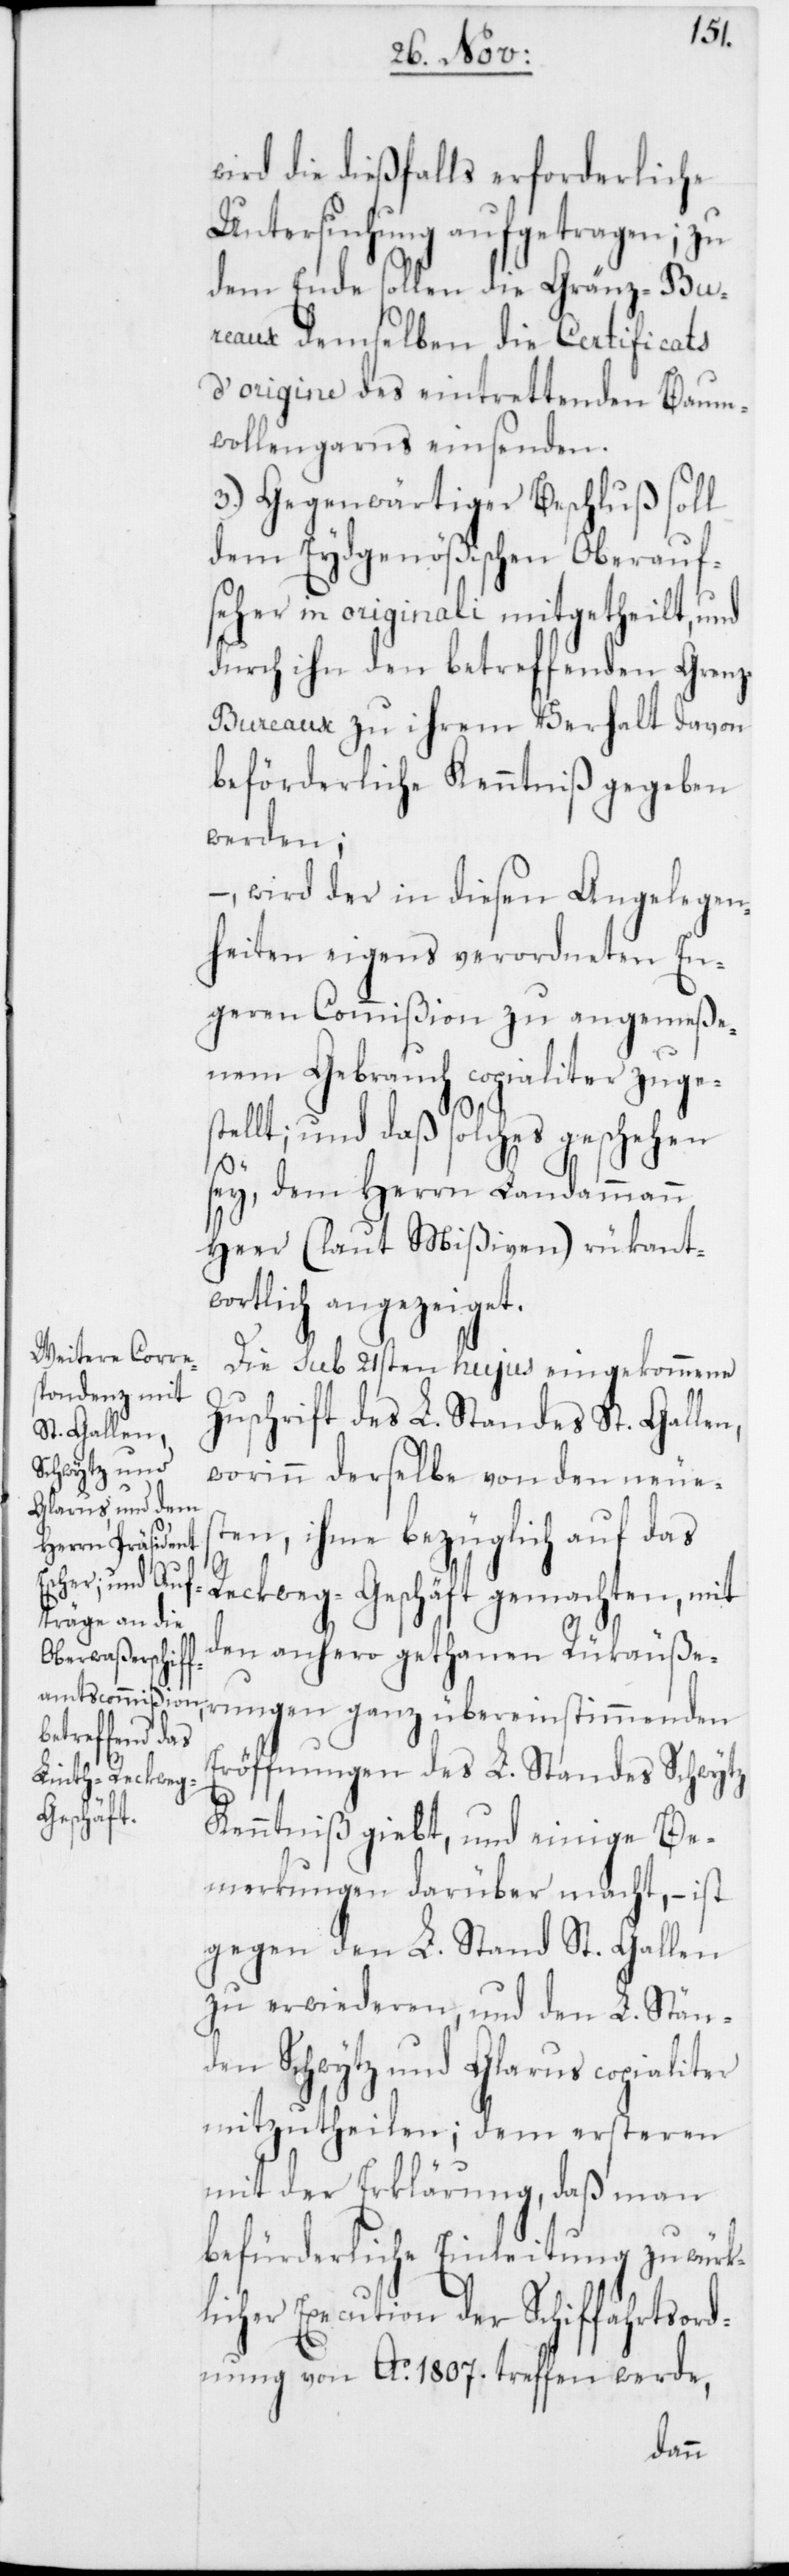
wird die dießfalls erforderliche
Untersuchung aufgetragen; zu
dem Ende sollen die Gränz-Bu¬
reaux demselben die Certificats
d’origine des eintrettenden Baum¬
wollengarns einsenden.
3.) Gegenwärtiger Beschluß soll
dem Eydsgenößischen Oberauf¬
seher in originali mitgetheilt, und
durch ihn den betreffenden Gren¬
z-Bureaux zu ihrem Verhalt davon
beförderliche Kenntniß gegeben
werden;
– wird der in diesen Angelegen¬
heiten eigens verordneten En¬
geren Commißion zu angemeße¬
nem Gebrauch copialiter zuge¬
stellt; und daß solches geschehen
sey, dem Herrn Landammann
Heer (laut Mißiven) rükant¬
wortlich angezeiget.
Die sub 21sten hujus eingekommene
Zuschrift des L. Standes St. Gallen,
worinn derselbe von den neues¬
ten, ihme bezüglich auf das
Reckweg-Geschäft gemachten, mit
den anhero gethanen Rükäuße¬
rungen ganz übereinstimmenden
Eröffnungen des L. Standes Schwytz
Kenntniß giebt, und einige Be¬
merkungen darüber macht, – ist
gegen den L. Stand St. Gallen
zu erwiederen, und den L. Stän¬
den Schwytz und Glarus copialiter
mitzutheilen; dem ersteren
mit der Erklärung, daß man
befürderliche Einleitung zu würk¬
licher Execution der Schiffahrtsord¬
nung von Ao. 1807. treffen werde,